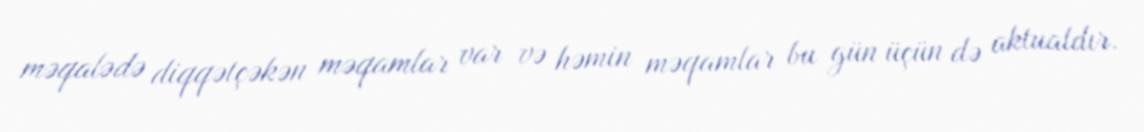
məqalədə diqqətçəkən məqamlar var və həmin məqamlar bu gün üçün də aktualdır.